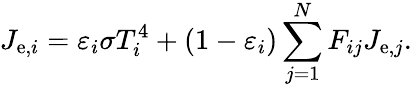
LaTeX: J_{\mathrm{e},i}=\varepsilon_{i}\sigma T_{i}^{4}+(1-\varepsilon_{i})\sum_{j=1}^{N}F_{ij}J_{\mathrm{e},j}.